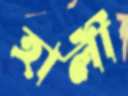
হালী